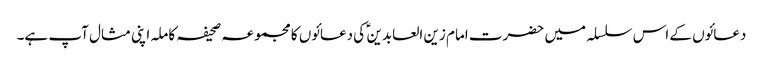
دعائوں کے اس سلسلہ میں حضرت امام زین العابدین ؑ کی دعائوں کا مجموعہ صحیفہ کاملہ اپنی مثال آپ ہے۔